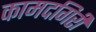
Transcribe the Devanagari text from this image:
कामदगिरी